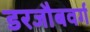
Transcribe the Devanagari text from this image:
डरजौबवर्ग